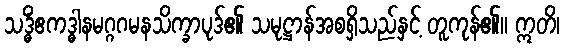
သဒ္ဓိံဧကဒ္ဓါနမဂ္ဂဂမနသိက္ခာပုဒ်၏ သမုဋ္ဌာန်အစရှိသည်နှင့် တူကုန်၏။ ဣတိ၊